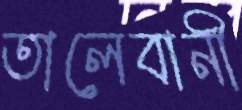
তালেবানী